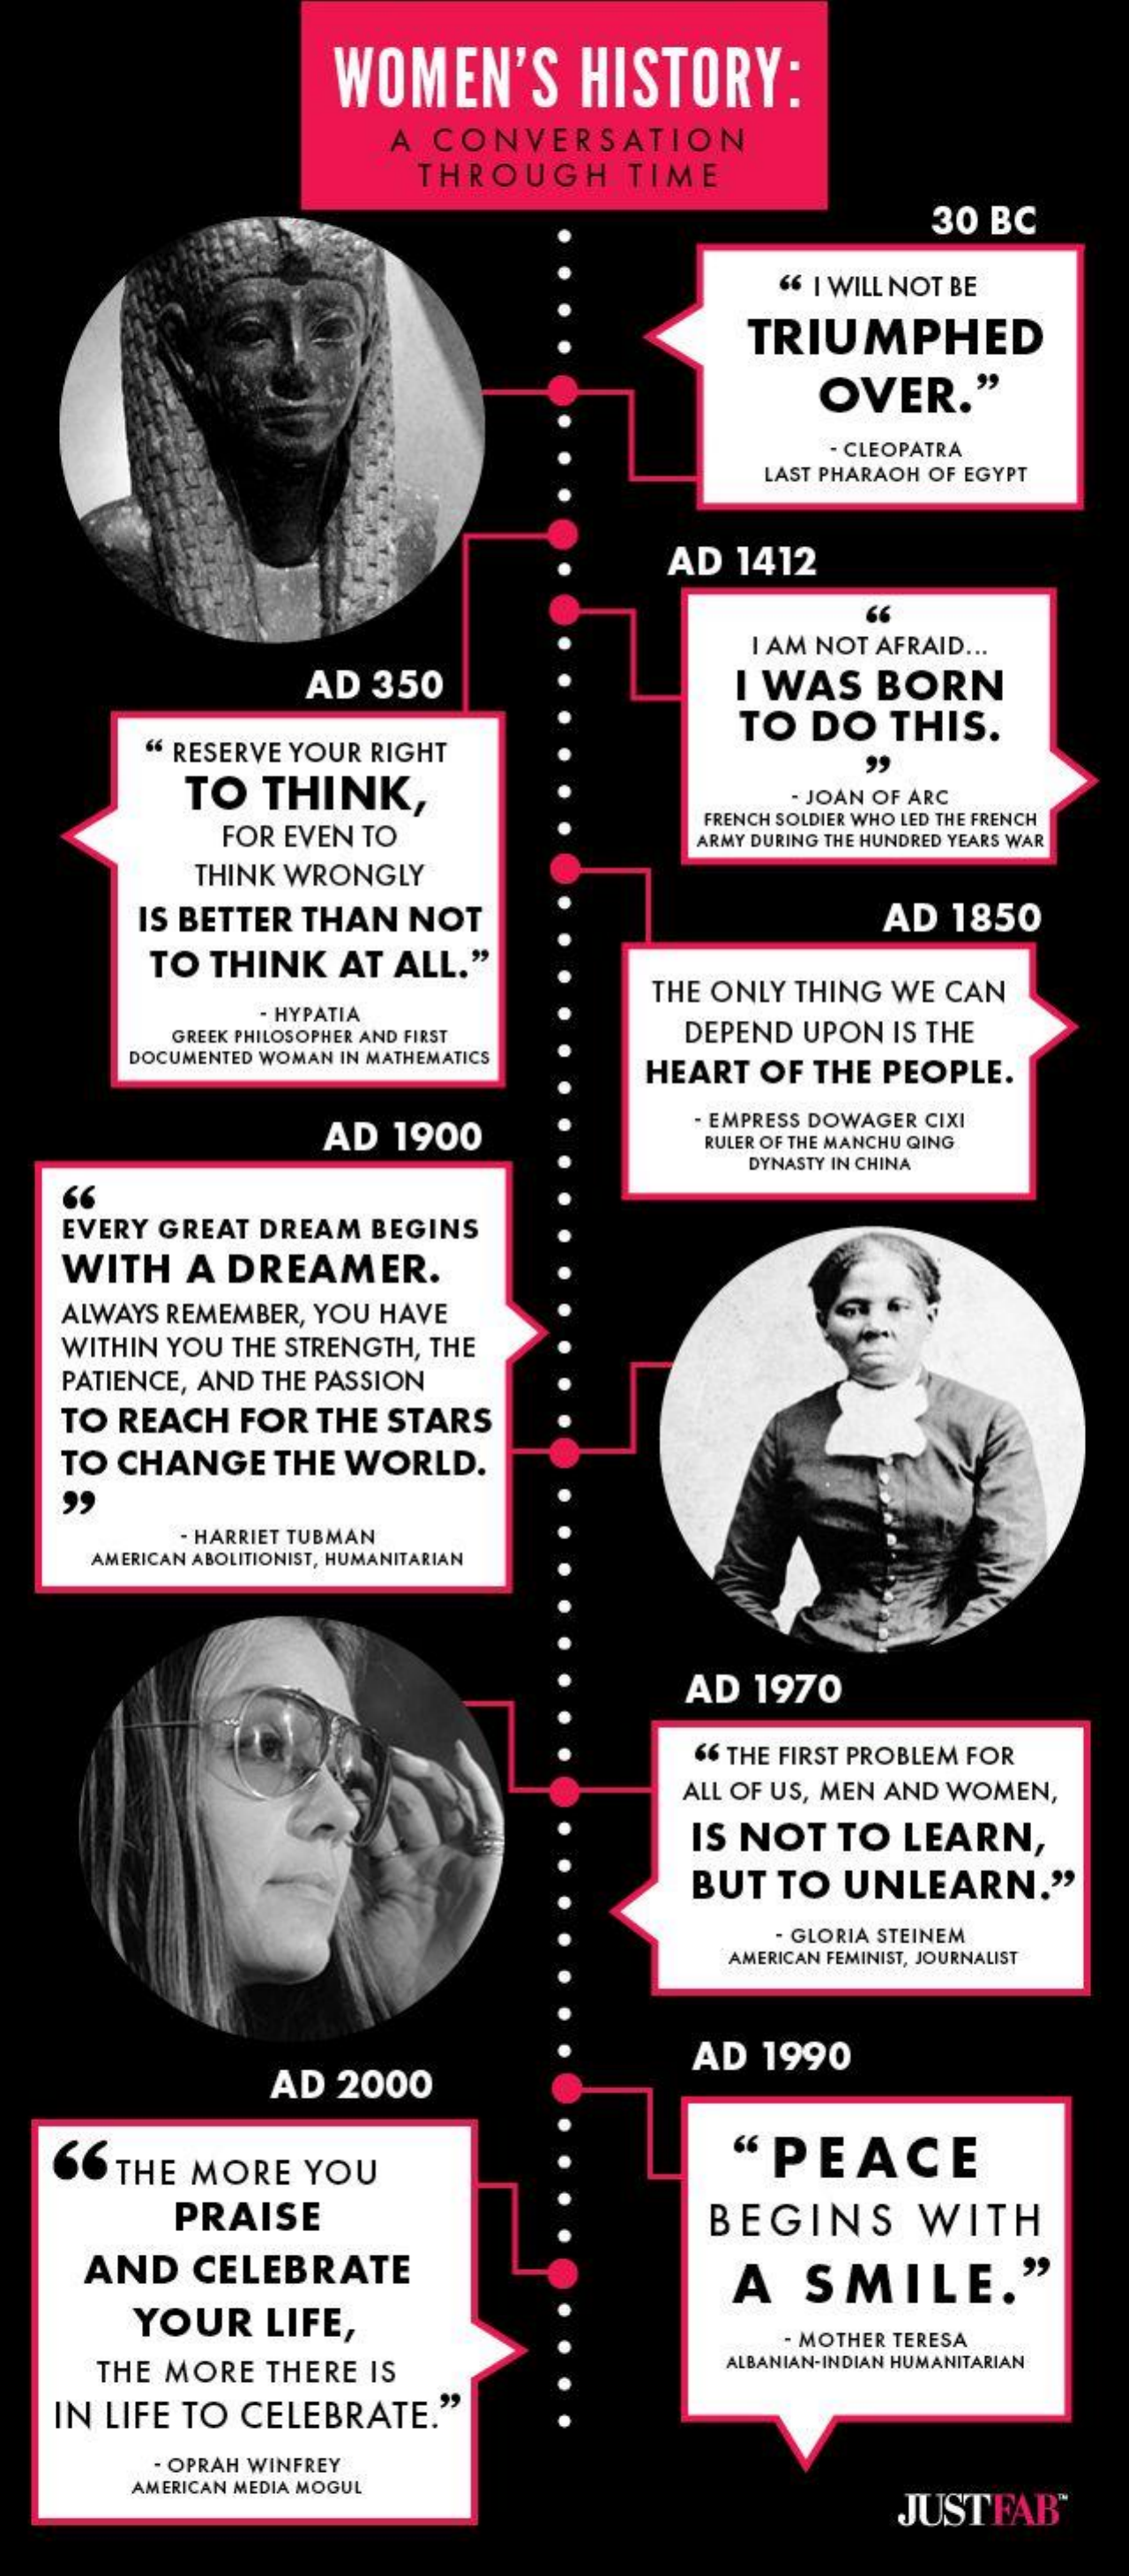
WOMEN'S    HISTORY:
     A CONVERSATION
     THROUGH  TIME
     30 BC
     6 I WILL NOT BE
     TRIUMPHED
     OVER."
     - CLEOPATRA
     LAST PHARAOH OF EGYPT
     AD 1412
     66
     I AM NOT AFRAID ...
     AD 350    I WAS BORN
     TO DO THIS.
     " RESERVE YOUR RIGHT
     TO THINK,    JOAN OF ARC
     FOR EVEN TO
     FRENCH SOLDIER WHO LED THE FRENCH
     ARMY DURING THE HUNDRED YEARS WAR
     THINK WRONGLY
     IS BETTER THAN NOT    AD 1850
     TO THINK AT ALL."
     THE ONLY THING WE CAN
     - HYPATIA
     GREEK PHILOSOPHER AND FIRST DEPEND UPON IS THE
     DOCUMENTED WOMAN IN MATHEMATICS
     HEART OF THE PEOPLE.
     AD 1900
     - EMPRESS DOWAGER CIXI
     RULER OF THE MANCHU QING
     DYNASTY IN CHINA
   66
   EVERY GREAT DREAM BEGINS
   WITH A DREAMER.
   ALWAYS REMEMBER, YOU HAVE
   WITHIN YOU THE STRENGTH, THE
   PATIENCE, AND THE PASSION
   TO REACH FOR THE STARS
   TO CHANGE THE WORLD.
     HARRIET TUBMAN
    AMERICAN ABOLITIONIST, HUMANITARIAN
     AD 1970
     66 THE FIRST PROBLEM FOR
     ALL OF US, MEN AND WOMEN,
     IS NOT TO LEARN,
     BUT TO UNLEARN."
     - GLORIA STEINEM
     AMERICAN FEMINIST, JOURNALIST
     AD 2000
     AD 1990
   66 THE MORE YOU    "PEACE
     PRAISE    BEGINS   WITH
    AND  CELEBRATE    A  SMILE."
     YOUR  LIFE,
     - MOTHER TERESA
     THE MORE THERE IS    ALBANIAN-INDIAN HUMANITARIAN
   IN LIFE TO CELEBRATE."
     - OPRAH WINFREY
     AMERICAN MEDIA MOGUL
     JUSTFAB